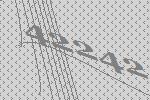
42242